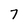
Character: 7